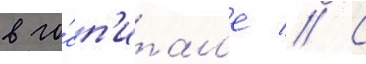
в го́сп'итал'е // С